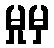
မှုမှ